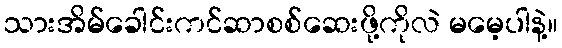
သားအိမ်ခေါင်းကင်ဆာစစ်ဆေးဖို့ကိုလဲ မမေ့ပါနဲ့။